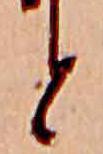
と